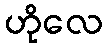
ဟိုလေ